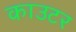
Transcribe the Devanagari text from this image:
काउटर